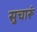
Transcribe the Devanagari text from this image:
सुचारूं